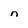
Character: n